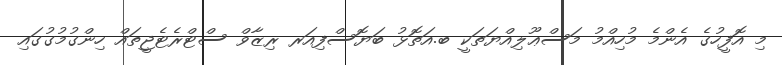
މި އޮފީހުގެ އެންމެ މުހިއްމު މަސްޢޫލިއްޔަތަކީ ބ.އަތޮޅު ބަޔޮސްފިއަރ ރިޒާވް ސްޓްރެޓެޖީތައް ހިންގުމުގުގައި